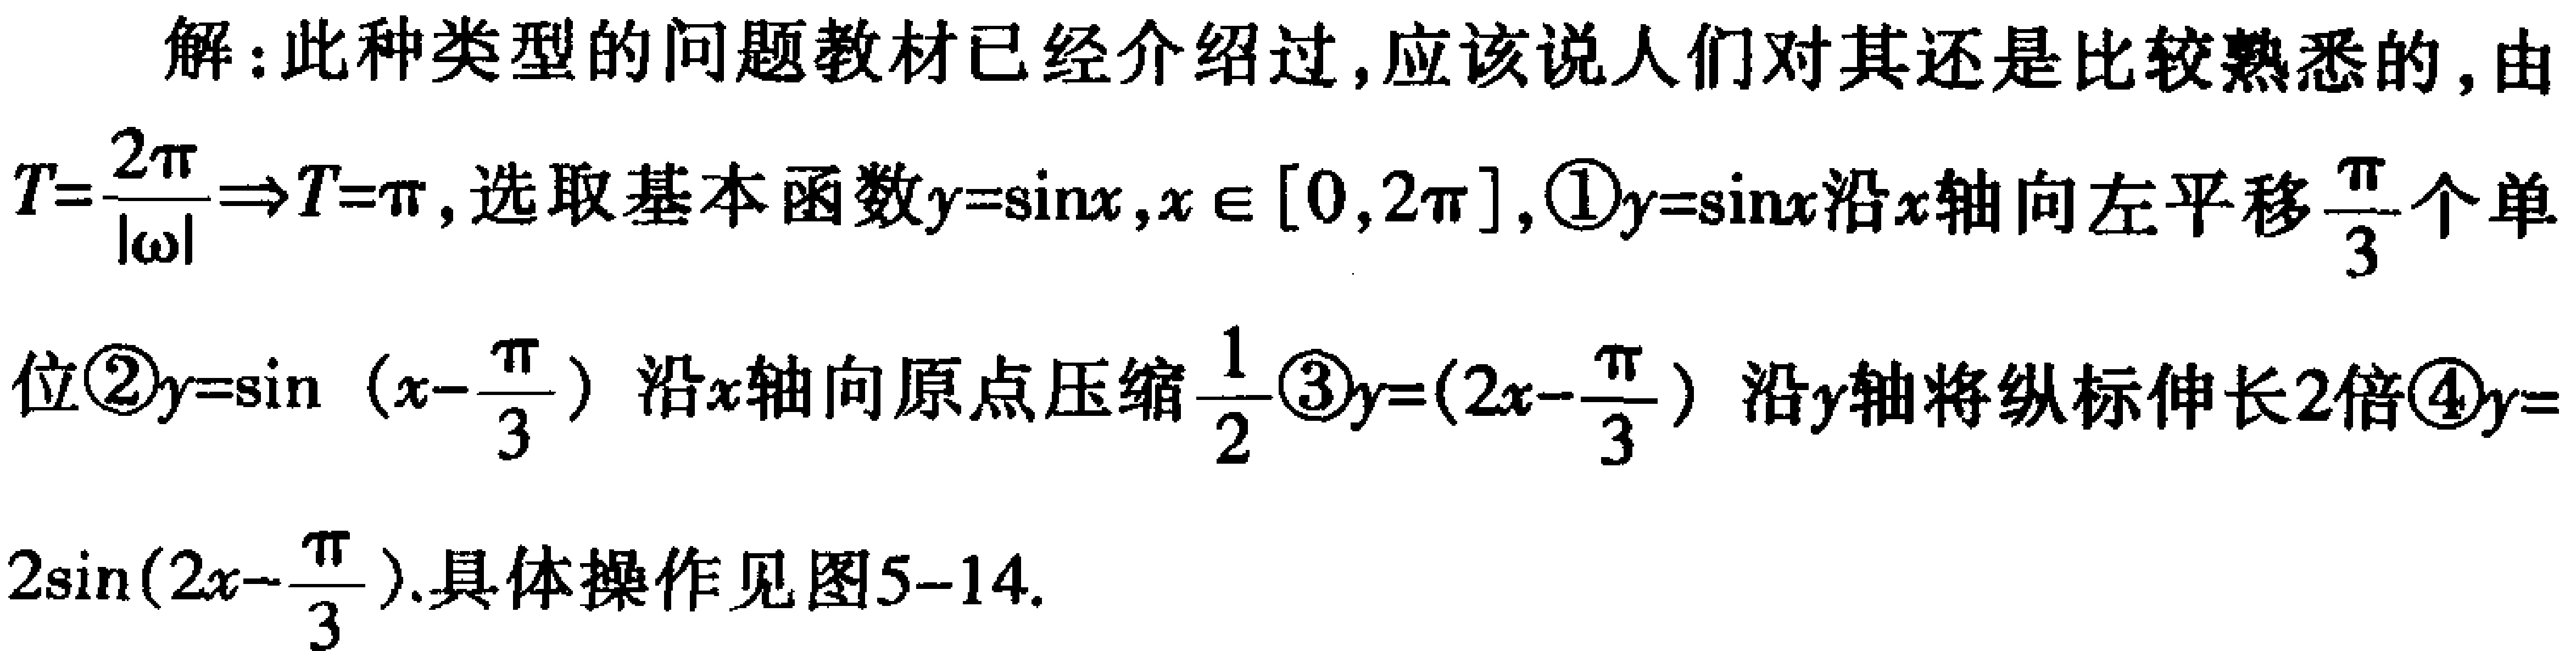
解：此种类型的问题教材已经介绍过，应该说人们对其还是比较熟悉的，由
\(T = \frac{2\pi}{\vert\omega\vert}\Rightarrow T=\pi\)，选取基本函数\(y = \sin x,x\in[0,2\pi]\)，\textcircled{1}\(y = \sin x\)沿\(x\)轴向左平移\(\frac{\pi}{3}\)个单
位\textcircled{2}\(y = \sin(x - \frac{\pi}{3})\)沿\(x\)轴向原点压缩\(\frac{1}{2}\)\textcircled{3}\(y=(2x - \frac{\pi}{3})\)沿\(y\)轴将纵标伸长\(2\)倍\textcircled{4}\(y =
2\sin(2x-\frac{\pi}{3})\).具体操作见图5-14.